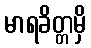
မာရခိတ္တမှိ